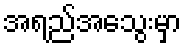
အရည်အသွေးမှာ